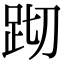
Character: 䟙